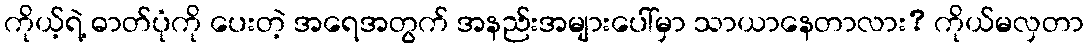
ကိုယ့်ရဲ့ ဓာတ်ပုံကို ပေးတဲ့ အရေအတွက် အနည်းအများပေါ်မှာ သာယာနေတာလား? ကိုယ်မလှတာ